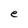
Character: e